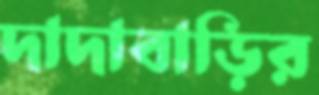
দাদাবাড়ির